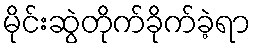
မိုင်းဆွဲတိုက်ခိုက်ခဲ့ရာ